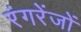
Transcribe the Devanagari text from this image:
रंगरेंजों